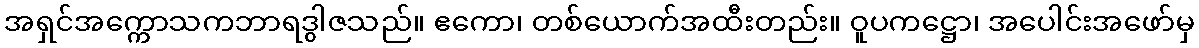
အရှင်အက္ကောသကဘာရဒွါဇသည်။ ဧကော၊ တစ်ယောက်အထီးတည်း။ ဝူပကဋ္ဌော၊ အပေါင်းအဖော်မှ